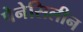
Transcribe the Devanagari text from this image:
पेनेसिलीन